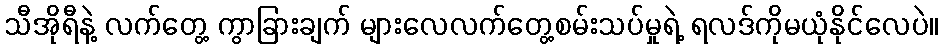
သီအိုရီနဲ့ လက်တွေ့ ကွာခြားချက် များလေလက်တွေ့စမ်းသပ်မှုရဲ့ ရလဒ်ကိုမယုံနိုင်လေပဲ။